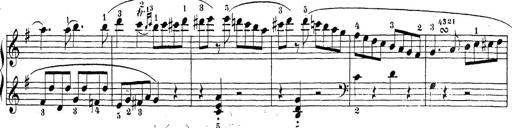
Title: Sonatina Album
Composer: Louis KÃ¶hler